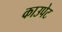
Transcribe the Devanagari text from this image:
काउपेट